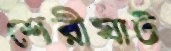
শেরীঘাট